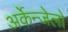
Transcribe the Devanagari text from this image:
अर्केन्जेलो